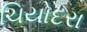
ચિયોદરા